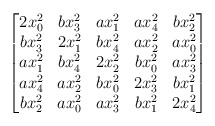
\begin{align*}\begin{bmatrix}2x_0^2 & bx_3^2 & a x_1^2 & a x_4^2 & b x_2^2 \\b x_3^2 & 2x_1^2 & b x_4^2 & a x_2^2 & a x_0^2 \\a x_1^2 & b x_4^2 & 2 x_2^2 & b x_0^2 & a x_3^2 \\a x_4^2 & a x_2^2 & b x_0^2 & 2 x_3^2 & b x_1^2 \\b x_2^2 & a x_0^2 & a x_3^2 & b x_1^2 & 2 x_4^2\end{bmatrix}\end{align*}